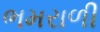
ભમરાળી